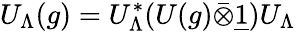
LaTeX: U_{\Lambda}(g)=U_{\Lambda}^{*}(U(g)\bar{\otimes}\underline{{{1}}})U_{\Lambda}